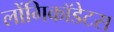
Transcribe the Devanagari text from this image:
लोंगिकॉडेटस